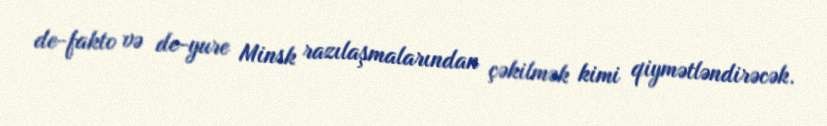
de-fakto və de-yure Minsk razılaşmalarından çəkilmək kimi qiymətləndirəcək.